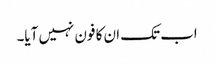
اب تک ان کا فون نہیں آیا۔